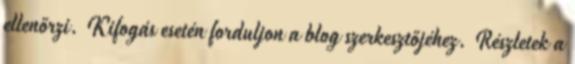
ellenőrzi. Kifogás esetén forduljon a blog szerkesztőjéhez. Részletek a